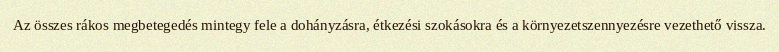
Az összes rákos megbetegedés mintegy fele a dohányzásra, étkezési szokásokra és a környezetszennyezésre vezethető vissza.